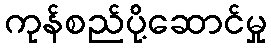
ကုန်စည်ပို့ဆောင်မှု